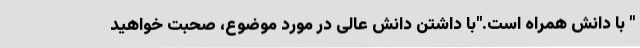
" با دانش همراه است."با داشتن دانش عالی در مورد موضوع، صحبت خواهید